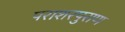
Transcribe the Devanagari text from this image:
पराशरपुराण